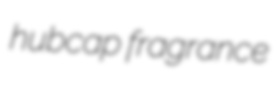
hubcap fragrance